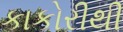
કાકોરીથી